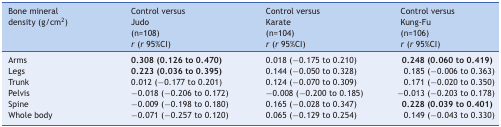
<table><thead><tr><td><b>Bone mineral density (g/cm<sup>2</sup>)</b></td><td><b>Control versus Judo(n=108)</b></td><td><b>Control versus Karate(n=104)</b></td><td><b>Control versus Kung-Fu(n=106)</b></td></tr><tr><td><b> </b></td><td><b><i>r</i>(<i>r</i>95%CI)</b></td><td><b><i>r</i>(<i>r</i>95%CI)</b></td><td><b><i>r</i>(<i>r</i>95%CI)</b></td></tr></thead><tbody><tr><td>Arms</td><td><b>0.308 (0.126 to 0.470)</b></td><td>0.018 (-0.175 to 0.210)</td><td><b>0.248 (0.060 to 0.419)</b></td></tr><tr><td>Legs</td><td><b>0.223 (0.036 to 0.395)</b></td><td>0.144 (-0.050 to 0.328)</td><td>0.185 (-0.006 to 0.363)</td></tr><tr><td>Trunk</td><td>0.012 (-0.177 to 0.201)</td><td>0.124 (-0.070 to 0.309)</td><td>0.171 (-0.020 to 0.350)</td></tr><tr><td>Pelvis</td><td>-0.018 (-0.206 to 0.172)</td><td>-0.008 (-0.200 to 0.185)</td><td>-0.013 (-0.203 to 0.178)</td></tr><tr><td>Spine</td><td>-0.009 (-0.198 to 0.180)</td><td>0.165 (-0.028 to 0.347)</td><td><b>0.228 (0.039 to 0.401)</b></td></tr><tr><td>Whole body</td><td>-0.071 (-0.257 to 0.120)</td><td>0.065 (-0.129 to 0.254)</td><td>0.149 (-0.043 to 0.330)</td></tr></tbody></table>